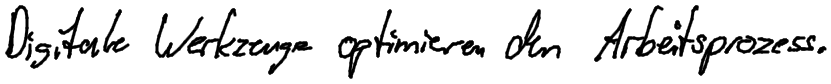
Digitale Werkzeuge optimieren den Arbeitsprozess.